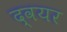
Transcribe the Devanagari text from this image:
द्वयर